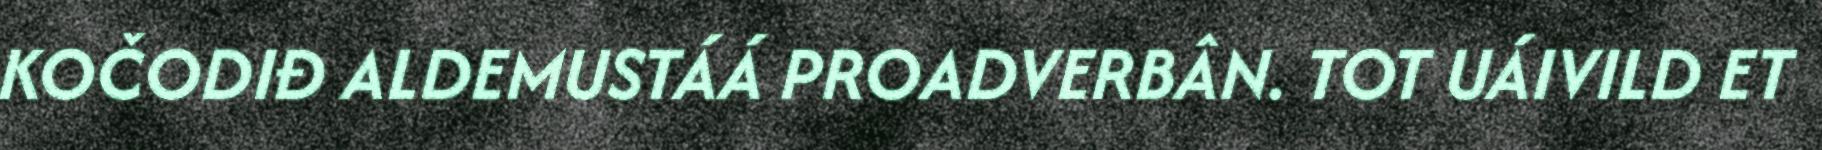
KOČODIĐ ALDEMUSTÁÁ PROADVERBÂN. TOT UÁIVILD ET